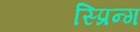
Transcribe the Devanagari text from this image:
स्प्रिन्ग